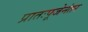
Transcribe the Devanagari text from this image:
प्रातःपूजेनंतर